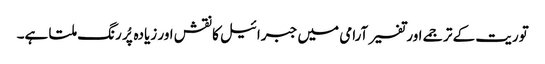
توریت کے ترجمے اور تفسیر آرامی میں جبرائیل کا نقش اور زیادہ پُر رنگ ملتا ہے۔